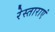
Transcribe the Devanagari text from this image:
रेस्ताराएं